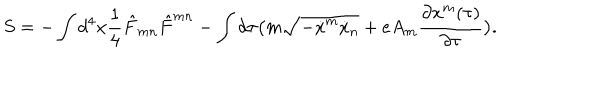
S = - \int d ^ { 4 } x { \frac { 1 } { 4 } } { \hat { F } } _ { m n } { \hat { F } } ^ { m n } - \int d \tau \big ( m \sqrt { - { \dot { x } } ^ { m } { \dot { x } } _ { n } } + e A _ { m } { \frac { \partial x ^ { m } ( \tau ) } { \partial \tau } } \big ) .